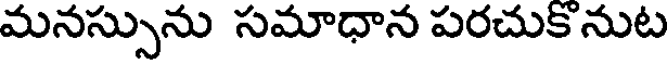
మనస్సును సమాధాన పరచుకనుట